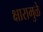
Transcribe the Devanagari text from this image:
क्षारामुळे